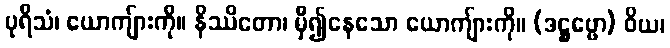
ပုရိသံ၊ ယောကျ်ားကို။ နိဿိတော၊ မှီ၍နေသော ယောကျ်ားကို။ (ဒဋ္ဌဗ္ဗော) ဝိယ၊